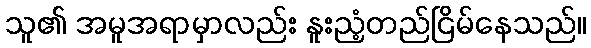
သူ၏ အမူအရာမှာလည်း နူးညံ့တည်ငြိမ်နေသည်။